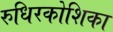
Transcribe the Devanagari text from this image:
रुधिरकोशिका